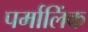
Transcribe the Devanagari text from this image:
पर्मालिंक